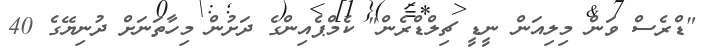
"ޑްރެސް ވަން މިލިއަން ނީޑީ ޗިލްޑްރެން" ކެމްޕެއިންގެ ދަށުން މިހާތަނަށް ދުނިޔޭގެ 40